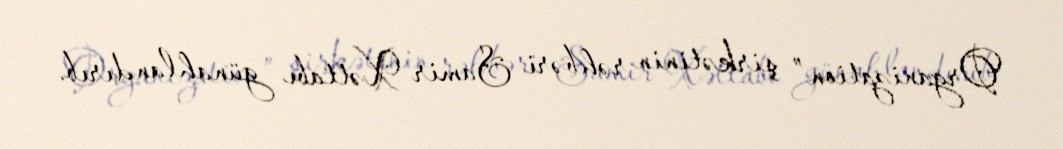
Organization” şirkətinin rəhbəri Samir Xəttabı günahlandırıb.